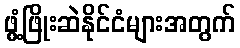
ဖွံ့ဖြိုးဆဲနိုင်ငံများအတွက်